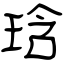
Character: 琀